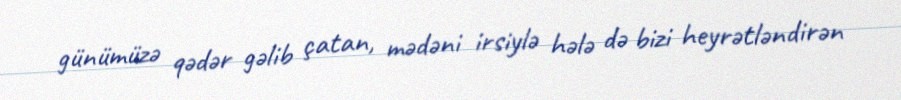
günümüzə qədər gəlib çatan, mədəni irsiylə hələ də bizi heyrətləndirən